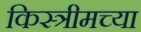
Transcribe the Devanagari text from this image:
किस्त्रीमच्या